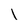
Character: l